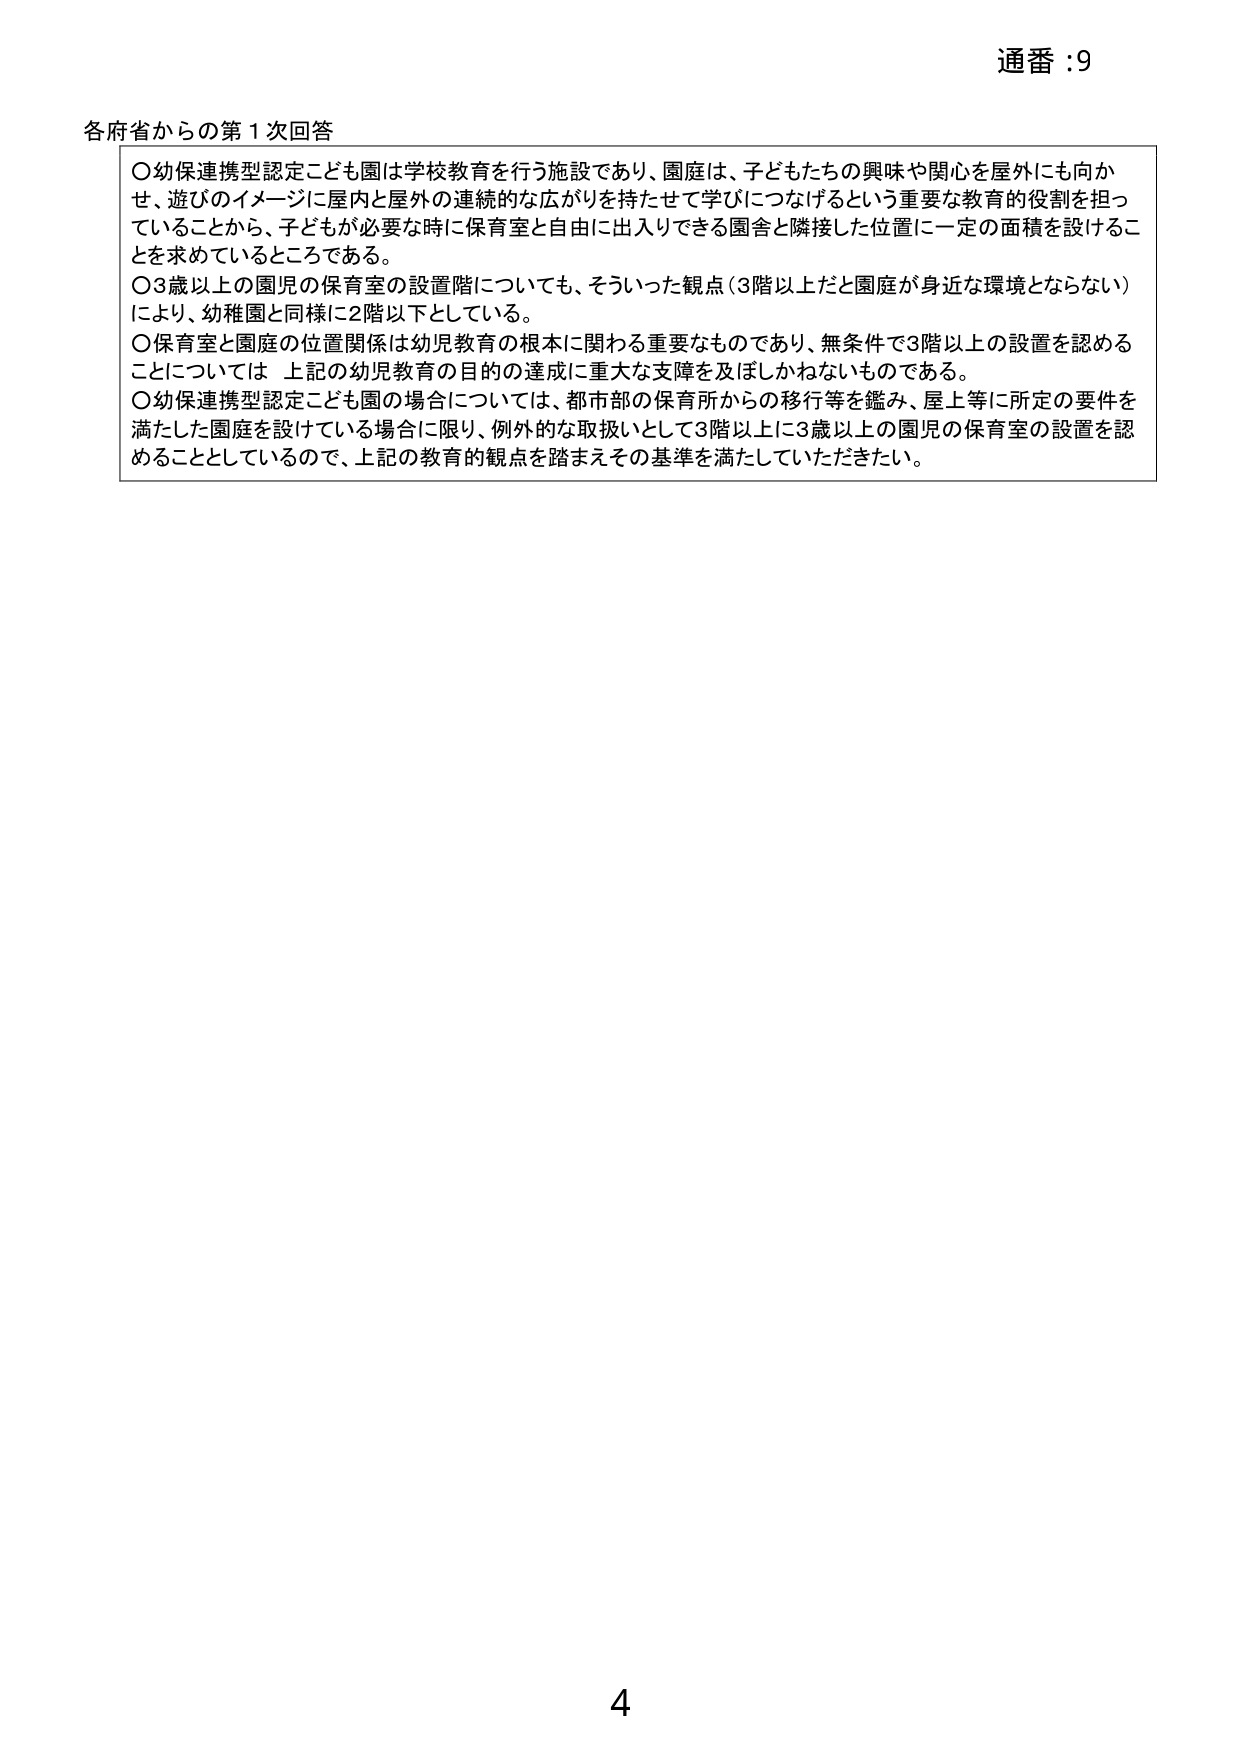
通番 :9

各府省からの第1次回答

〇幼保連携型認定こども園は学校教育を行う施設であり、園庭は、子どもたちの興味や関心を屋外にも向か
せ、遊びのイメージに屋内と屋外の連続的な広がりを持たせて学びにつなげるという重要な教育的役割を担っ
ていることから、子どもが必要な時に保育室と自由に出入りできる園舎と隣接した位置に一定の面積を設けるこ
とを求めているところである。
〇3歳以上の園児の保育室の設置階についても、そういった観点（3階以上だと園庭が身近な環境とならない）
により、幼稚園と同様に2階以下としている。
〇保育室と園庭の位置関係は幼児教育の根本に関わる重要なものであり、無条件で3階以上の設置を認める
ことについては 上記の幼児教育の目的の達成に重大な支障を及ぼしかねないものである。
〇幼保連携型認定こども園の場合については、都市部の保育所からの移行等を鑑み、屋上等に所定の要件を
満たした園庭を設けている場合に限り、例外的な取扱いとして3階以上に3歳以上の園児の保育室の設置を認
めることとしているので、上記の教育的観点を踏まえその基準を満たしていただきたい。

4